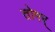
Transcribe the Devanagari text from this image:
तोमर्